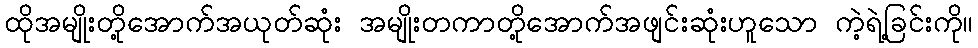
ထိုအမျိုးတို့အောက်အယုတ်ဆုံး အမျိုးတကာတို့အောက်အဖျင်းဆုံးဟူသော ကဲ့ရဲ့ခြင်းကို။